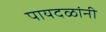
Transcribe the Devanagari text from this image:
पायदळांनी